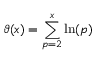
\vartheta ( x ) = \sum _ { p = 2 } ^ { x } \ln ( p )